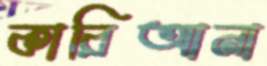
কারিআনা